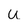
Character: u